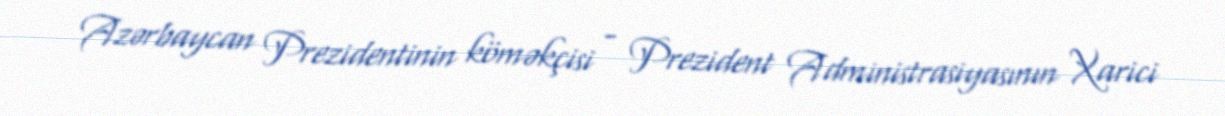
Azərbaycan Prezidentinin köməkçisi - Prezident Administrasiyasının Xarici